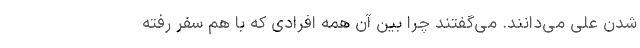
شدن علی می‌دانند. می‌گفتند چرا بین آن همه افرادی که با هم سفر رفته